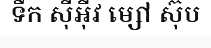
ទឹក ស៊ីអ៊ីវ ម្សៅ ស៊ុប